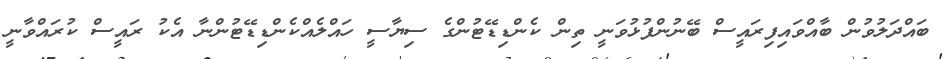
ބައްދަލުވުން ބާއްވަައިފިރައީސް ބޭނުންފުޅުވަނީ ތިން ކެންޑިޑޭޓުންގެ ސިޔާސީ ހައްލެއްކެންޑިޑޭޓުންނާ އެކު ރައީސް ކުރައްވާނީ